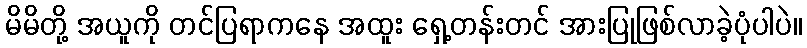
မိမိတို့ အယူကို တင်ပြရာကနေ အထူး ရှေ့တန်းတင် အားပြုဖြစ်လာခဲ့ပုံပါပဲ။